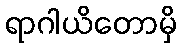
ရာဂါယိတောမှိ